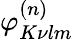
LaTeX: \varphi_{K\nu lm}^{(n)}